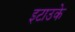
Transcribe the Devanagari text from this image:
इटाउके